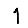
Digit: 1